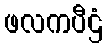
ဖလကပီဌံ